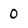
Character: 0